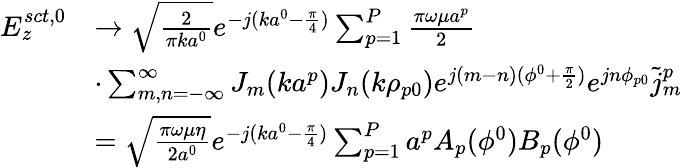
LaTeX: \begin{array}{rl}{E_{z}^{sct,0}}&{\rightarrow\sqrt{\frac{2}{\pi ka^{0}}}e^{-j(ka^{0}-{\frac{\pi}{4}})}\sum_{p=1}^{P}{\frac{\pi\omega\mu a^{p}}{2}}}\\ &{\cdot\sum_{m,n=-\infty}^{\infty}J_{m}(ka^{p})J_{n}(k\rho_{p0})e^{j(m-n)(\phi^{0}+{\frac{\pi}{2}})}e^{jn\phi_{p0}}\tilde{j}_{m}^{p}}\\ &{=\sqrt{\frac{\pi\omega\mu\eta}{2a^{0}}}e^{-j(ka^{0}-{\frac{\pi}{4}})}\sum_{p=1}^{P}a^{p}A_{p}(\phi^{0})B_{p}(\phi^{0})}\end{array}